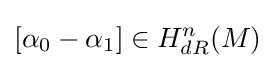
[\alpha _{0}-\alpha _{1}]\in H_{dR}^{n}(M)